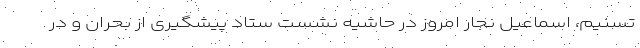
تسنیم، اسماعیل نجار امروز در حاشیه نشست ستاد پیشگیری از بحران و در